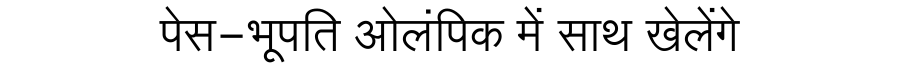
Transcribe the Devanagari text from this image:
पेस-भूपति ओलंपिक में साथ खेलेंगे